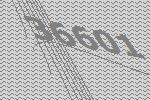
36601